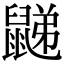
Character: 𪕧